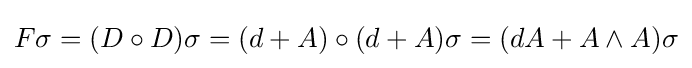
F\sigma =(D\circ D)\sigma =(d+A)\circ (d+A)\sigma =(dA+A\wedge A)\sigma